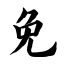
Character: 免